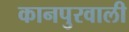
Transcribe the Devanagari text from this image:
कानपुरवाली